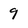
Character: 9